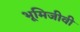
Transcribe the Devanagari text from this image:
भूमिजीवी